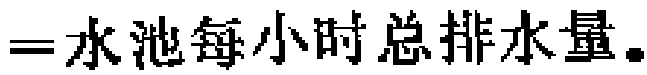
$=$水池每小时总排水量。